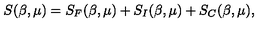
S ( \beta , \mu ) = S _ { F } ( \beta , \mu ) + S _ { I } ( \beta , \mu ) + S _ { C } ( \beta , \mu ) ,